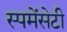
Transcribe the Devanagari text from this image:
स्पमेंसेटी